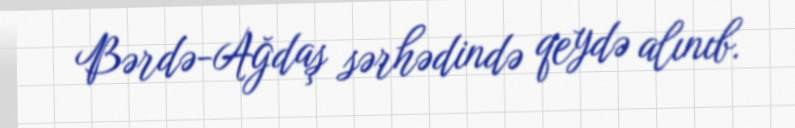
Bərdə-Ağdaş sərhədində qeydə alınıb.